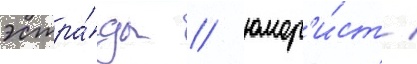
эстра́ды / юмор'и́ст /